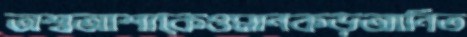
অশ্বআশাকেওমানকড়আনিত